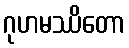
ဂုဟမဿိတော